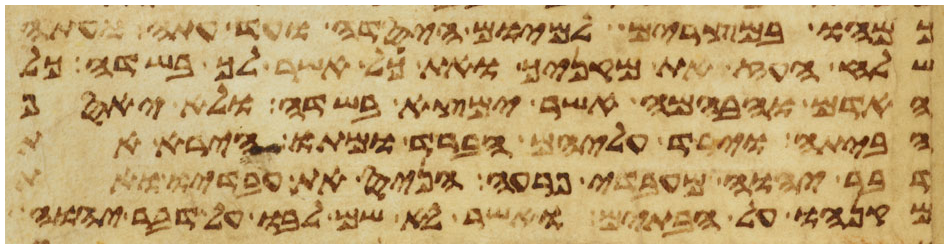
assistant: כמהו במצרים למיום היסדה ועד עתה ועתה
שלח העז את מקניך ואת כל אשר לך בשדה כל
האדם והבהמה אשר ימצא בשדה ולא יאסף
הביתה וירד עליהם הברד ומתו הירא את
דבר יהוה מעבדי פרעה הניס את עבדיו ואת
מקנהו אל הבתים ואשר לא שם לבו על דבר יהוה